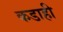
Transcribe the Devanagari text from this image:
कडाही